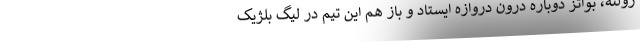
زولته، بواتز دوباره درون دروازه ایستاد و باز هم این تیم در لیگ بلژیک